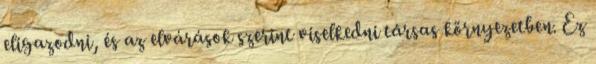
eligazodni, és az elvárások szerint viselkedni társas környezetben. Ez